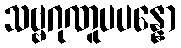
သဗ္ဗဂုဏူပပန္နော